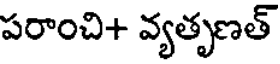
పరాంచి+ వ్యతృణత్